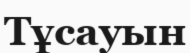
Тұсауын